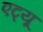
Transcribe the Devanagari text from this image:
एट्यू